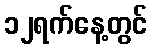
၁၂ရက်နေ့တွင်